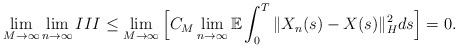
LaTeX: \begin{align*}\lim_{M\rightarrow\infty}\lim_{n\rightarrow\infty} III \leq \lim_{M\rightarrow\infty}\Big[ C_M \lim_{n\rightarrow\infty} \mathbb{E} \int_0^{T} \Vert X_n(s) - X(s) \Vert_H^2 ds \Big] = 0 .\end{align*}